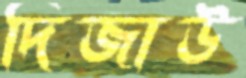
দিজাউ